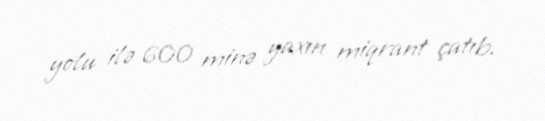
yolu ilə 600 minə yaxın miqrant çatıb.